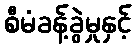
စီမံခန့်ခွဲမှုနှင့်